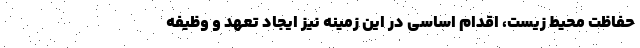
حفاظت محیط زیست، اقدام اساسی در این زمینه نیز ایجاد تعهد و وظیفه